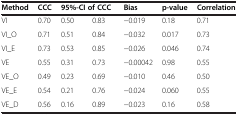
<table><thead><tr><td><b>Method</b></td><td><b>CCC</b></td><td colspan="2"><b>95%-CI of CCC</b></td><td><b>Bias</b></td><td><b>p-value</b></td><td><b>Correlation</b></td></tr></thead><tbody><tr><td>VI</td><td>0.70</td><td>0.50</td><td>0.83</td><td>-0.019</td><td>0.18</td><td>0.71</td></tr><tr><td>VI_O</td><td>0.71</td><td>0.51</td><td>0.84</td><td>-0.032</td><td>0.017</td><td>0.73</td></tr><tr><td>VI_E</td><td>0.73</td><td>0.53</td><td>0.85</td><td>-0.026</td><td>0.046</td><td>0.74</td></tr><tr><td>VE</td><td>0.55</td><td>0.31</td><td>0.73</td><td>-0.00042</td><td>0.98</td><td>0.55</td></tr><tr><td>VE_O</td><td>0.49</td><td>0.23</td><td>0.69</td><td>-0.010</td><td>0.46</td><td>0.50</td></tr><tr><td>VE_E</td><td>0.54</td><td>0.21</td><td>0.76</td><td>-0.024</td><td>0.060</td><td>0.55</td></tr><tr><td>VE_D</td><td>0.56</td><td>0.16</td><td>0.89</td><td>-0.023</td><td>0.16</td><td>0.58</td></tr></tbody></table>